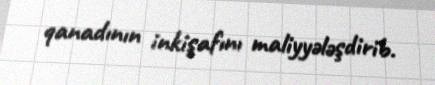
qanadının inkişafını maliyyələşdirib.